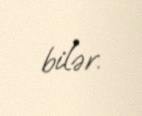
bilər.